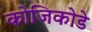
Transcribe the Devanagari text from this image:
कोजिकोडे